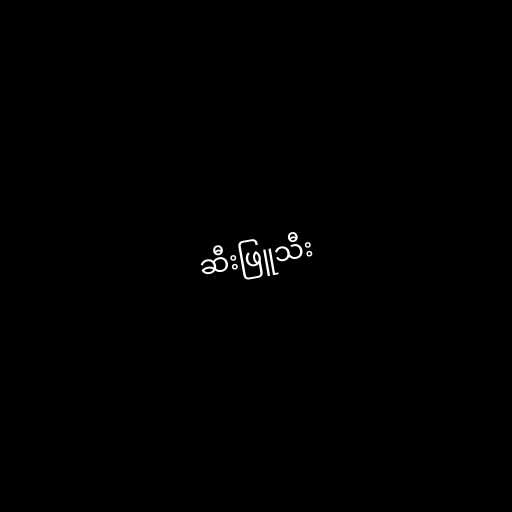
ဆီးဖြူသီး